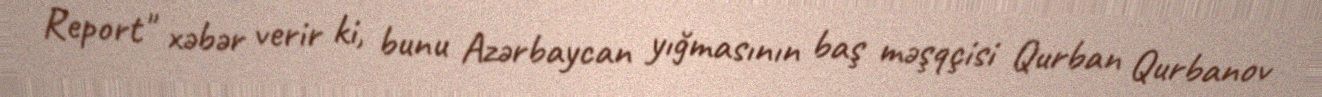
Report" xəbər verir ki, bunu Azərbaycan yığmasının baş məşqçisi Qurban Qurbanov